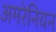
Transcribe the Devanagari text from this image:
अमरेनियन